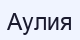
Аулия